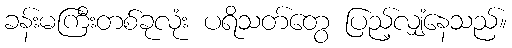
ခန်းမကြီးတစ်ခုလုံး ပရိသတ်တွေ ပြည့်လျှံနေသည်။